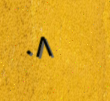
٠٨